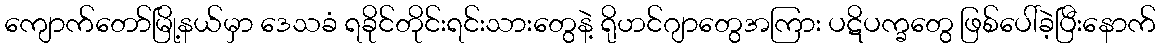
ကျောက်တော်မြို့နယ်မှာ ဒေသခံ ရခိုင်တိုင်းရင်းသားတွေနဲ့ ရိုဟင်ဂျာတွေအကြား ပဋိပက္ခတွေ ဖြစ်ပေါ်ခဲ့ပြီးနောက်